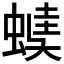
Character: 𧏂